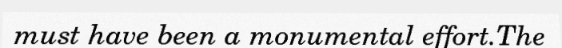
must have been a monumental effort.The